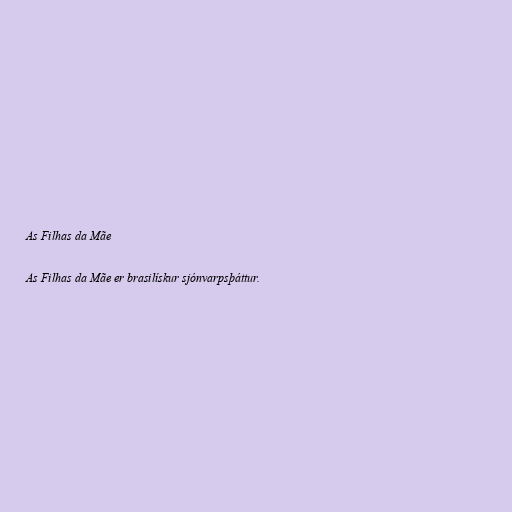
As Filhas da Mãe

As Filhas da Mãe er brasilískur sjónvarpsþáttur.